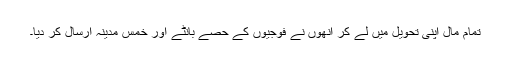
تمام مال اپنی تحویل میں لے کر انھوں نے فوجیوں کے حصے بانٹے اور خمس مدینہ ارسال کر دیا۔